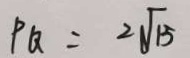
P Q = 2 \sqrt { 1 5 }